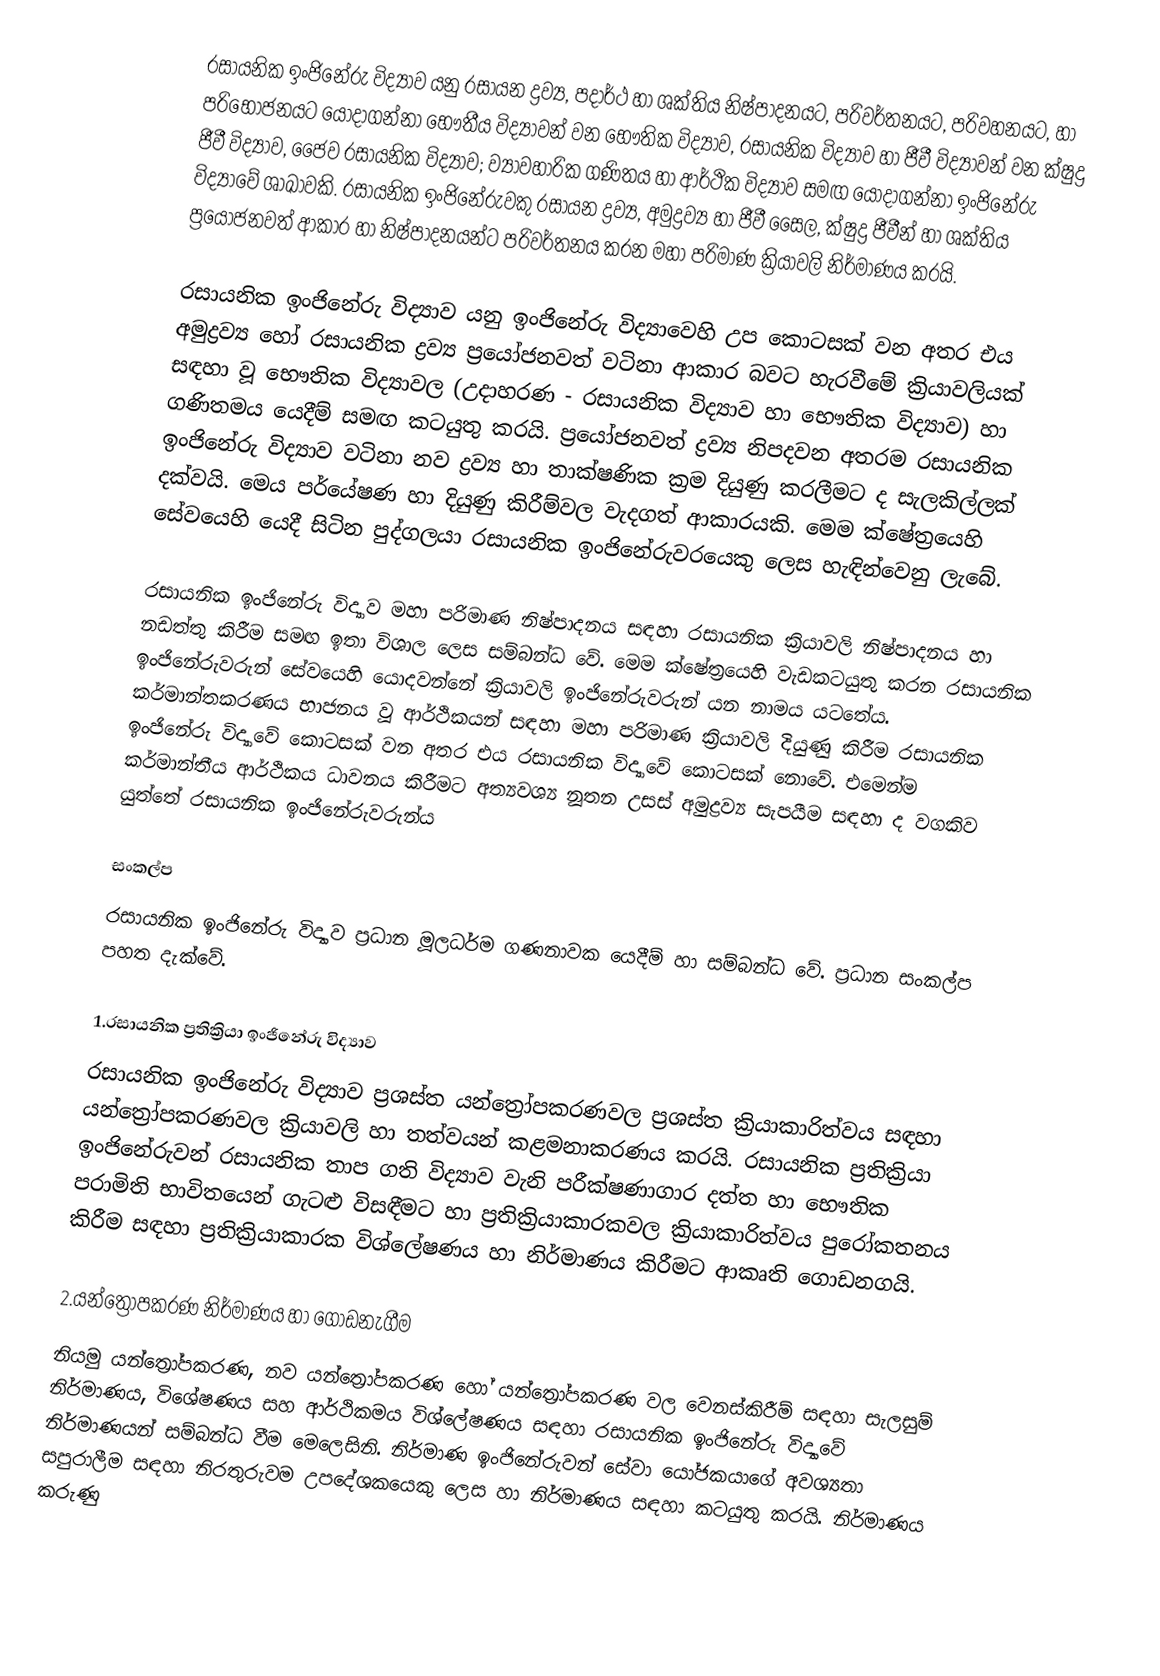
රසායනික ඉංජිනේරු විද්‍යාව යනු රසායන ද්‍රව්‍ය, පදාර්ථ හා ශක්තිය නිෂ්පාදනයට, පරිවර්තනයට, පරිවහනයට, හා පරිභෝජනයට යොදාගන්නා භෞතීය විද්‍යාවන් වන භෞතික විද්‍යාව, රසායනික විද්‍යාව හා ජීවී විද්‍යාවන් වන ක්ෂුද්‍ර ජීවී විද්‍යාව, ජෛව රසායනික විද්‍යාව; ව්‍යාවහාරික ගණිතය හා ආර්ථික විද්‍යාව සමඟ යොදාගන්නා ඉංජිනේරු විද්‍යාවේ ශාඛාවකි. රසායනික ඉංජිනේරුවකු රසායන ද්‍රව්‍ය, අමුද්‍රව්‍ය හා ජීවී සෛල, ක්ෂුද්‍ර ජීවීන් හා ශක්තිය ප්‍රයෝජනවත් ආකාර හා නිෂ්පාදනයන්ට පරිවර්තනය කරන මහා පරිමාණ ක්‍රියාවලි නිර්මාණය කරයි.

රසායනික ඉංජිනේරු විද්‍යාව යනු ඉංජිනේරු විද්‍යාවෙහි උප කොටසක් වන අතර එය අමුද්‍රව්‍ය හෝ රසායනික ද්‍රව්‍ය ප්‍රයෝජනවත් වටිනා ආකාර බවට හැරවීමේ ක්‍රියාවලියක් සඳහා වූ භෞතික විද්‍යාවල (උදාහරණ - රසායනික විද්‍යාව හා භෞතික විද්‍යාව) හා ගණිතමය යෙදීම් සමඟ කටයුතු කරයි. ප්‍රයෝජනවත් ද්‍රව්‍ය නිපදවන අතරම රසායනික ඉංජිනේරු විද්‍යාව වටිනා නව ද්‍රව්‍ය හා තාක්ෂණික ක්‍රම දියුණු කරලීමට ද සැලකිල්ලක් දක්වයි. මෙය පර්යේෂණ හා දියුණු කිරීම්වල වැදගත් ආකාරයකි. මෙම ක්ෂේත්‍රයෙහි සේවයෙහි යෙදී සිටින පුද්ගලයා රසායනික ඉංජිනේරුවරයෙකු ලෙස හැඳින්වෙනු ලැබේ.

රසායනික ඉංජිනේරු විද්‍යාව  මහා පරිමාණ නිෂ්පාදනය සඳහා රසායනික ක්‍රියාවලි නිෂ්පාදනය හා නඩත්තු කිරීම සමඟ ඉතා විශාල ලෙස සම්බන්ධ වේ.  මෙම ක්ෂේත්‍රයෙහි වැඩකටයුතු කරන රසායනික ඉංජිනේරුවරුන් සේවයෙහි යොදවන්නේ ක්‍රියාවලි ඉංජිනේරුවරුන් යන නාමය යටතේය. කර්මාන්තකරණය භාජනය වූ ආර්ථිකයන් සඳහා මහා පරිමාණ ක්‍රියාවලි දියුණු කිරීම රසායනික ඉංජිනේරු විද්‍යාවේ කොටසක් වන අතර එය රසායනික විද්‍යාවේ කොටසක් නොවේ. එමෙන්ම කර්මාන්තීය ආර්ථිකය ධාවනය කිරීමට අත්‍යවශ්‍ය නූතන උසස් අමුද්‍රව්‍ය සැපයීම සඳහා ද වගකිව යුත්තේ රසායනික ඉංජිනේරුවරුන්ය

සංකල්ප
රසායනික ඉංජිනේරු විද්‍යාව ප්‍රධාන මූලධර්ම ගණනාවක යෙදීම් හා සම්බන්ධ වේ. ප්‍රධාන සංකල්ප පහත දැක්වේ.

1.රසායනික ප්‍රතික්‍රියා ඉංජිනේරු විද්‍යාව
රසායනික ඉංජිනේරු විද්‍යාව ප්‍රශස්ත යන්ත්‍රෝපකරණවල ප්‍රශස්ත ක්‍රියාකාරිත්වය සඳහා යන්ත්‍රෝපකරණවල ක්‍රියාවලි හා තත්වයන් කළමනාකරණය කරයි. රසායනික ප්‍රතික්‍රියා ඉංජිනේරුවන් රසායනික තාප ගති විද්‍යාව වැනි පරීක්ෂණාගාර දත්ත හා භෞතික පරාමිති භාවිතයෙන් ගැටළු විසඳීමට හා ප්‍රතික්‍රියාකාරකවල ක්‍රියාකාරිත්වය පුරෝකතනය කිරීම සඳහා ප්‍රතික්‍රියාකාරක විශ්ලේෂණය හා නිර්මාණය කිරීමට ආකෘති ගොඩනගයි.

2.යන්ත්‍රෝපකරණ නිර්මාණය හා ගොඩනැගීම
නියමු යන්ත්‍රෝපකරණ, නව යන්ත්‍රෝපකරණ හෝ යන්ත්‍රෝපකරණ වල වෙනස්කිරීම් සඳහා සැලසුම් නිර්මාණය, විශේෂණය සහ ආර්ථිකමය විශ්ලේෂණය සඳහා රසායනික ඉංජිනේරු විද්‍යාවේ නිර්මාණයන් සම්බන්ධ වීම මෙලෙසිනි. නිර්මාණ ඉංජිනේරුවන් සේවා යෝජකයාගේ අවශ්‍යතා සපුරාලීම සඳහා නිරතුරුවම උපදේශකයෙකු ලෙස හා නිර්මාණය සඳහා කටයුතු කරයි. නිර්මාණය කරුණු